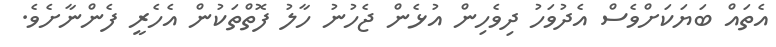
އެތައް ބަޔަކަށްވެސް އެދުވަހު ދިވެހިން އުޅެން ޖެހުނު ހާލު ފޮތްތަކުން އެހެރީ ފެންނާށެވެ.